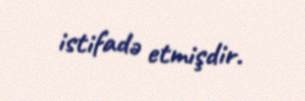
istifadə etmişdir.